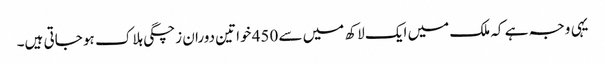
یہی وجہ ہے کہ ملک میں ایک لاکھ میں سے 450 خواتین دوران زچگی ہلاک ہو جاتی ہیں۔